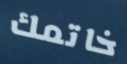
خاتمك